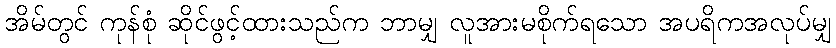
အိမ်တွင် ကုန်စုံ ဆိုင်ဖွင့်ထားသည်က ဘာမျှ လူအားမစိုက်ရသော အပရိကအလုပ်မျှ